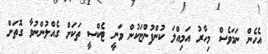
އެހެން ނަމަވެސް މިހާރު އަމިއްލަ ކުންފުންޏަކުން ވަނީ ޓެކްސީ ތަކަށް ގެއްލުންނުވާ ގޮތަށް